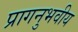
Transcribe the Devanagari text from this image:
प्रागनुभवीय